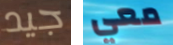
جيد معي